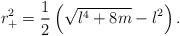
\begin{align*}r_+^2=\frac{1}{2}\left (\sqrt{l^4+8m}-l^2\right).\end{align*}